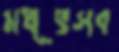
মধূৎসব